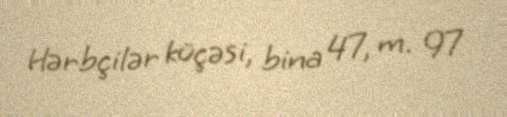
Hərbçilər küçəsi, bina 47, m. 97